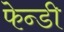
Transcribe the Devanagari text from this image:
फेन्डी